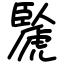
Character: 䖙